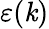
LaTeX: \varepsilon(\mathit{k})